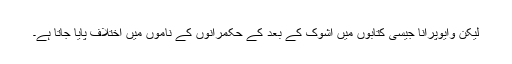
لیکن وایوپُرانا جیسی کتابوں میں اشوک کے بعد کے حکمرانوں کے ناموں میں اختلاف پایا جاتا ہے۔